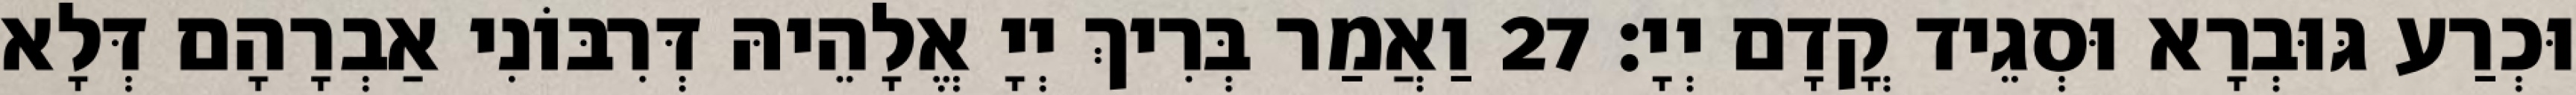
וּכְרַע גּוּבְרָא וּסְגֵיד קֳדָם יְיָ׃ 27 וַאֲמַר בְּרִיךְ יְיָ אֱלָהֵיהּ דְּרִבּוֹנִי אַבְרָהָם דְּלָא